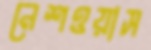
নেশওয়াস